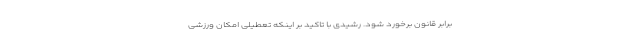
برابر قانون برخورد شود. رشیدی با تاکید بر اینکه تعطیلی امکان ورزشی